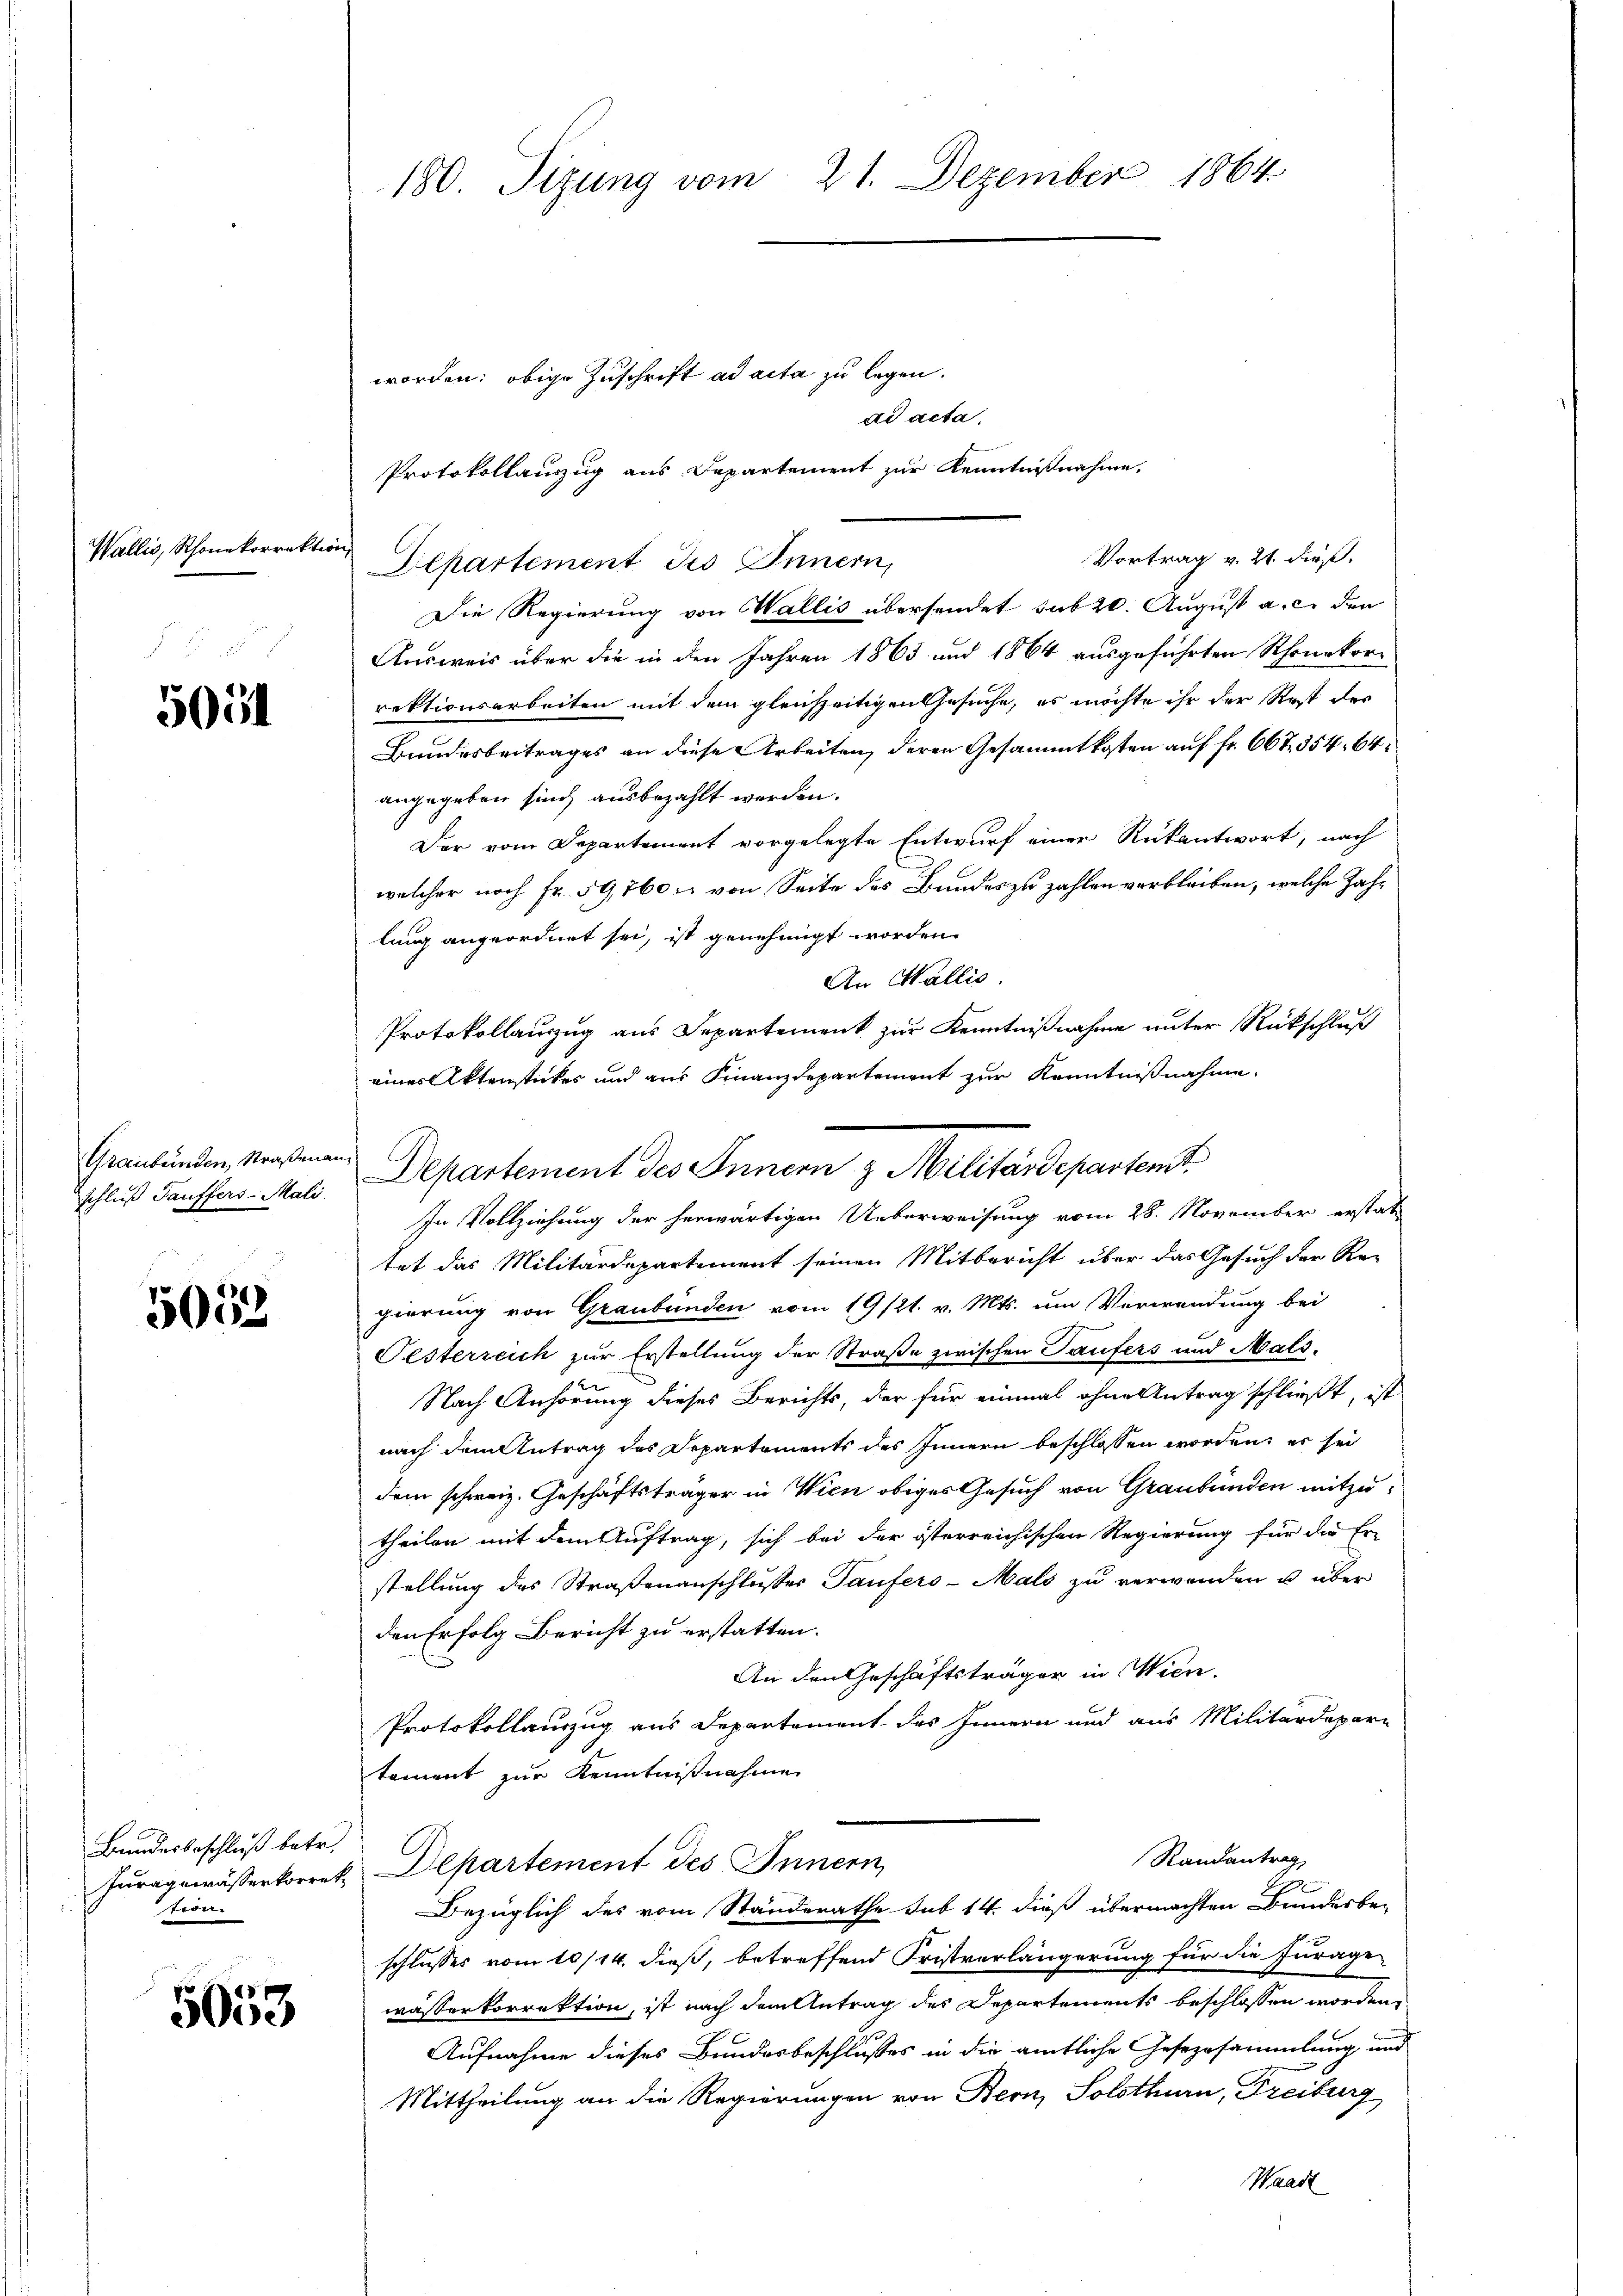
Wallis, Rhonekorrek

505

Graubünden, Straßenan¬

5052

Bundesbeschluß betr.
tron

5053

180. Sizung vom 21. Dezember 1864

worden: obige Zuschrift ad acta zu legen.
ad acta.
Protokollauszug aus Departement zur Kenntnißnahme,
Vortrag v. 21. dieß.
Departement Jes Innern,
Die Regierung von Wallis übersendet sub 20. August a. c. den
Ausweis über die in den Jahren 1863 und 1864 ausgeführten Rhonekor-
rektionsarbeiten mit dem gleichzeitigen Gesuche, es möchte ihr der Rest der
Bundesbeitrages an diese Arbeiten, deren Gesammtkosten auf fr. 667. 354. 64
angegeben sind, ausbezahlt werden.
Der vom Departement vorgelegte Entwurf einer Rückantwort, nach
welcher noch Fr. 59,760 von Seite des Bundes zu zahlen verbleiben, welche Zahlung angeordnet sei, ist genehmigt worden.
An Wallis.
Protokollauzug aus Departement zur Kenntnißnahme unter Rückschluß
eines Aktenstückes und aus Finanzdepartement zur Kenntnißnahme
In Vollziehung der herwärtigen Ueberweisung vom 28. November erstat
tet das Militärdepartement seinen Mitbericht über das Gesuch der Re-
gierung von Graubünden vom 19/21. v. Mts. um Verwendung bei
Festerreich zur Erstellung der Straße zwischen Taufers und Mals.
Nach Anhörung dieses Berichts, der für einmal ohne Antrag schließt, ist
nach dem Antrag des Departements des Innern beschlossen worden, es sei
dem schweiz. Geschäftsträger in Wien obiges Gesuch von Graubünden mitzutheilen mit dem Auftrag, sich bei der österreichischen Regierung für die Er-
stellung des Straßenanschlusses Taufers-Mals zu verwenden u. über
den Erfolg Bericht zu erstatten.
An den Geschäftsträger in Wien.
Protokollanzug aus Departement des Innern und aus Militärdepari
tament zur Kenntnißnahme
Randantrag,
Furagewässerkorrek. Departement des Innern,
Bezüglich des vom Ständerathe sub 14. dieß übermachten Bundesbe-
schlusses vom 10/14. dieß, betreffend Fristverlängerung für die Jurage
wässerkorrektion, ist nach dem Antrag des Departements beschlossen worden,
Aufnahme dieses Bundesbeschlusses in die amtliche Gesezesammlung und
Mittheilung an die Regierungen von Bern, Solothurn, Freiburg
Waadt

even

schluß dankler-Mali. Departement des Innern z. Militärdepartemt.